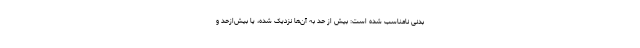
بدنی نامناسب شده است: بیش از حد به آن‌ها نزدیک شده، یا بیش‌ازحد و